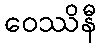
ဝေဿိနီ